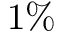
1 \%